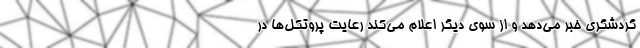
گردشگری خبر می‌دهد و از سوی دیگر اعلام می‌کند رعایت پروتکل‌ها در